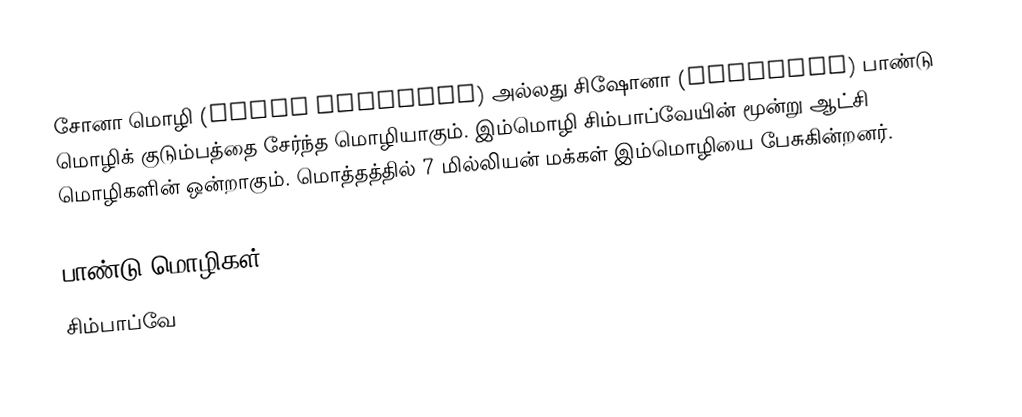
சோனா மொழி (Shona language) அல்லது சிஷோனா (chiShona) பாண்டு மொழிக் குடும்பத்தை சேர்ந்த மொழியாகும். இம்மொழி சிம்பாப்வேயின் மூன்று ஆட்சி மொழிகளின் ஒன்றாகும். மொத்தத்தில் 7 மில்லியன் மக்கள் இம்மொழியை பேசுகின்றனர்.

பாண்டு மொழிகள்
சிம்பாப்வே